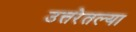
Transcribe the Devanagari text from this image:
उत्तरेतल्या